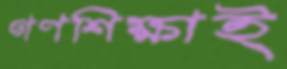
গণশিক্ষাই